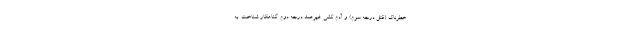
خطرناک (قتل درجه سوم) و آدم کشی غیرعمد درجه دوم گناهکار شناخت. به